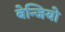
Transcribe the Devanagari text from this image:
बेन्जियो